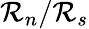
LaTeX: {\cal R}_{n}/{\cal R}_{s}